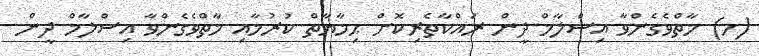
(ހ) މާތްވެގެންވާ އިސްލާމް ދީން ރައްކާތެރިކޮށް ޙިމާޔާތް ކުރުމާއި މާތްވެގެންވާ އިސްލާމް ދީން